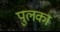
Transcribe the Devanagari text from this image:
पुलका